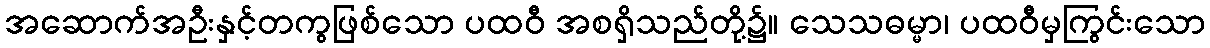
အဆောက်အဦးနှင့်တကွဖြစ်သော ပထဝီ အစရှိသည်တို့၌။ သေသဓမ္မာ၊ ပထဝီမှကြွင်းသော